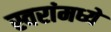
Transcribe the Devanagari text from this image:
स्वरांमध्ये